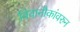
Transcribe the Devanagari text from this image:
विवानौकांवरुन